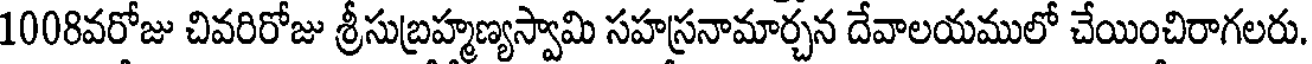
1008వరోజు చివరిరోజు శ్రీసుబ్రహ్మణ్యస్వామి సహస్రనామార్చన దేవాలయములో చేయించిరాగలరు.